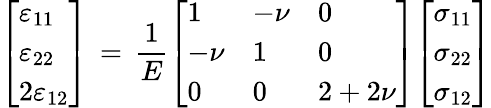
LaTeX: {\left[\begin{array}{l}{\varepsilon_{11}}\\ {\varepsilon_{22}}\\ {2\varepsilon_{12}}\end{array}\right]}\, =\, {\frac{1}{E}}{\left[\begin{array}{lll}{1}&{-\nu}&{0}\\ {-\nu}&{1}&{0}\\ {0}&{0}&{2+2\nu}\end{array}\right]}{\left[\begin{array}{l}{\sigma_{11}}\\ {\sigma_{22}}\\ {\sigma_{12}}\end{array}\right]}